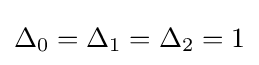
\Delta _{0}=\Delta _{1}=\Delta _{2}=1